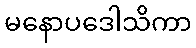
မနောပဒေါသိကာ